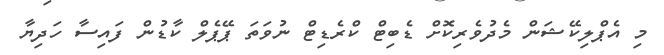
މި އެޕްލިކޭޝަން މެދުވެރިކޮށް ޑެބިޓް ކްރެޑިޓް ނުވަތަ ޕޭޕެލް ކާޑުން ފައިސާ ހަދިޔާ